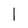
Character: l